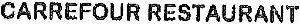
CARREFOUR RESTAURANT